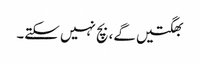
بھگتیں گے، بچ نہیں سکتے۔